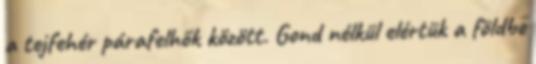
a tejfehér párafelhők között. Gond nélkül elértük a földbe